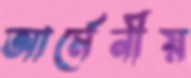
আর্মেনীয়